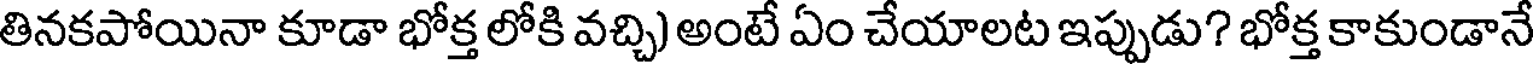
తినకపోయినా కూడా భోక్త లోకి వచ్చి) అంటే ఏం చేయాలట ఇప్పుడు? భోక్త కాకుండానే